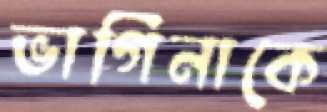
ভাগিনাকে